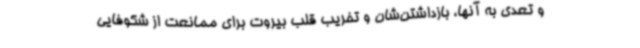
و تعدی به آنها، بازداشتن‌شان و تخریب قلب بیروت برای ممانعت از شکوفایی